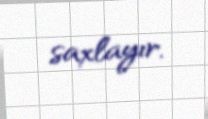
saxlayır.